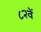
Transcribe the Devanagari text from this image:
८२वें